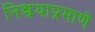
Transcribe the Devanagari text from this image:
निश्चयाप्रमाणे